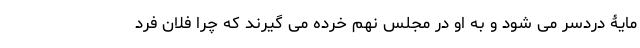
مایۀ دردسر می شود و به او در مجلس نهم خُرده می گیرند که چرا فلان فرد